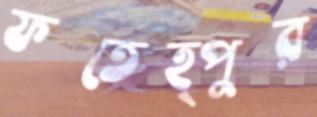
ফতেহ্পুর